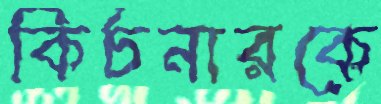
কির্চনারকে